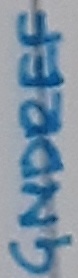
Text: GNDREF